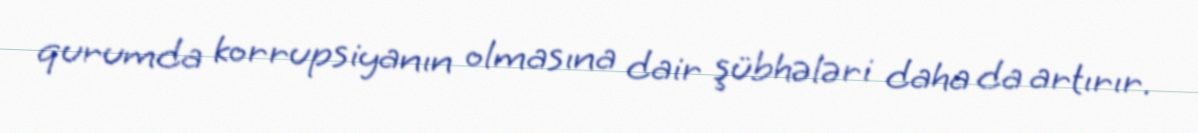
qurumda korrupsiyanın olmasına dair şübhələri daha da artırır.